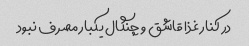
در کنار غذا قاشق و چنگال یکبار مصرف نبود